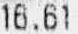
16.61